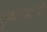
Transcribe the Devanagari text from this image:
कृष्णाप्पांचे